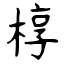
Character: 椁